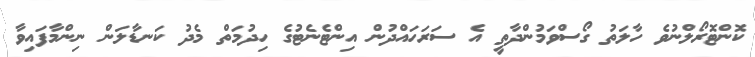
ކޮންޓޮރޯލްނުވެ ހާލަތު ގޯސްވަމުންދާތީ އެ ސަރަހައްދުން އިންޓެނެޓުގެ ހިދުމަތް މެދު ކަނޑާލަން ނިންމާފައިވާ